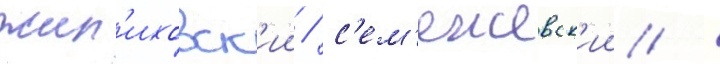
жил'иховск'ии / с'ем'ежевск'ии /